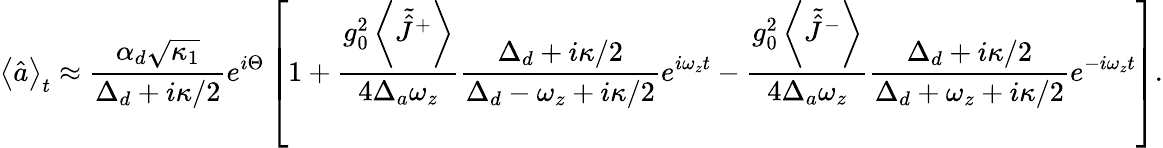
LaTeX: \left\langle\hat{a}\right\rangle_{t}\approx\frac{\alpha_{d}\sqrt{\kappa_{1}}}{\Delta_{d}+i\kappa/2}e^{i\Theta}\left[1+\frac{g_{0}^{2}\left\langle\tilde{\hat{J}}^{+}\right\rangle}{4\Delta_{a}\omega_{z}}\frac{\Delta_{d}+i\kappa/2}{\Delta_{d}-\omega_{z}+i\kappa/2}e^{i\omega_{z}t}-\frac{g_{0}^{2}\left\langle\tilde{\hat{J}}^{-}\right\rangle}{4\Delta_{a}\omega_{z}}\frac{\Delta_{d}+i\kappa/2}{\Delta_{d}+\omega_{z}+i\kappa/2}e^{-i\omega_{z}t}\right].